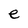
Character: e